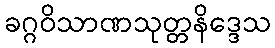
ခဂ္ဂဝိသာဏသုတ္တနိဒ္ဒေသ